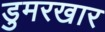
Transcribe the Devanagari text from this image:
डुमरखार